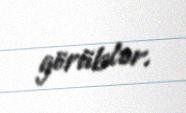
görüblər.